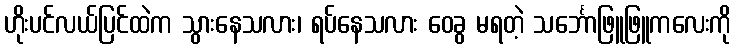
ဟိုးပင်လယ်ပြင်ထဲက သွားနေသလား၊ ရပ်နေသလား ဝေခွ မရတဲ့ သင်္ဘောဖြူဖြူကလေးကို